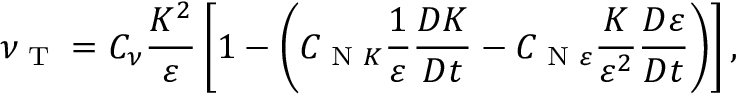
\nu _ { \textrm { T } } = C _ { \nu } \frac { K ^ { 2 } } { \varepsilon } \left[ { 1 - \left( { C _ { { \textrm { N } } K } \frac { 1 } { \varepsilon } \frac { D K } { D t } - C _ { { \textrm { N } } \varepsilon } \frac { K } { \varepsilon ^ { 2 } } \frac { D \varepsilon } { D t } } \right) } \right] ,